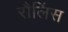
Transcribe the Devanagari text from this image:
रौलिंस